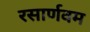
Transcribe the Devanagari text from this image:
रसार्णवम